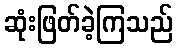
ဆုံးဖြတ်ခဲ့ကြသည်